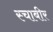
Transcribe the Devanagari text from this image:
स्चाबीर